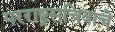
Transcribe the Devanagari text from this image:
परराष्ट्रसचिवाचे